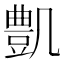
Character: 𠙫